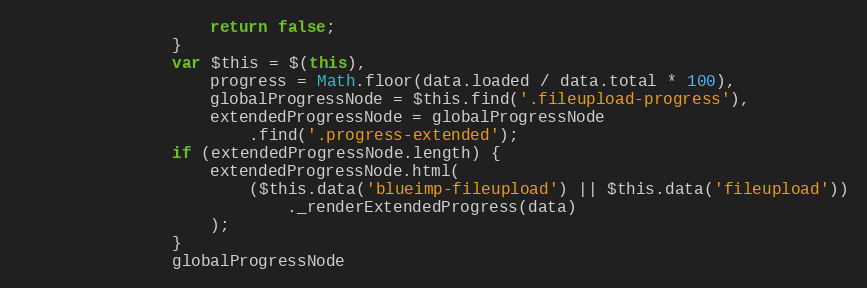
Language: JavaScript
                    return false;
                }
                var $this = $(this),
                    progress = Math.floor(data.loaded / data.total * 100),
                    globalProgressNode = $this.find('.fileupload-progress'),
                    extendedProgressNode = globalProgressNode
                        .find('.progress-extended');
                if (extendedProgressNode.length) {
                    extendedProgressNode.html(
                        ($this.data('blueimp-fileupload') || $this.data('fileupload'))
                            ._renderExtendedProgress(data)
                    );
                }
                globalProgressNode